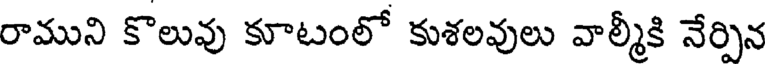
రాముని కొలువు కూటంలో కుశలవులు వాల్మీకి నేర్పిన